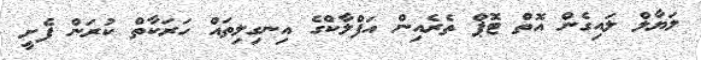
ލަޔާލް ލައިގެން އޮތް ޓޮޕް ތެރެއިން އަފްލާކްގެ އިނގިލިތައް ހަރަކާތް ކުރަން ފެށީ